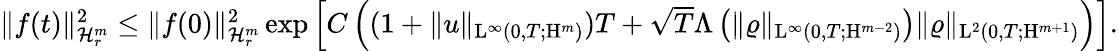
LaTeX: \begin{array}{r}{\Vert f(t)\Vert_{\mathcal{H}_{r}^{m}}^{2}\leq\Vert f(0)\Vert_{\mathcal{H}_{r}^{m}}^{2}\exp\left[C\left((1+\Vert u\Vert_{\mathrm{L}^{\infty}(0,T;\mathrm{H}^{m})})T+{\sqrt{T}}\Lambda\left(\Vert\varrho\Vert_{\mathrm{L}^{\infty}(0,T;\mathrm{H}^{m-2})}\right)\Vert\varrho\Vert_{\mathrm{L}^{2}(0,T;\mathrm{H}^{m+1})}\right)\right].}\end{array}